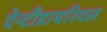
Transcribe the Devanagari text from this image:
ऐन्टीडायरियल